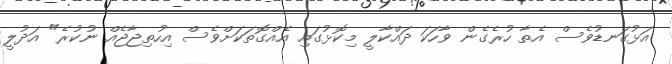
އަޅުގަނޑުވެސް އެތާ ހުރެގެން ވާހަކަ ދައްކާލީ މިކޮޅުގައި އެއްގޮތަކަށްވެސް އިހުތިޖާޖެއް ނުކުރެ" އަދުލީ